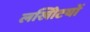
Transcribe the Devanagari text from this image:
लखोिटयों